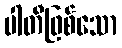
ပါတီဖြစ်သော